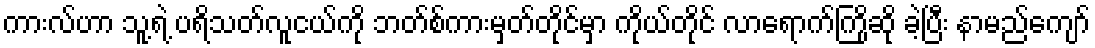
ကားလ်ဟာ သူ့ရဲ့ ပရိသတ်လူငယ်ကို ဘတ်စ်ကားမှတ်တိုင်မှာ ကိုယ်တိုင် လာရောက်ကြိုဆို ခဲ့ပြီး နာမည်ကျော်